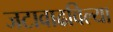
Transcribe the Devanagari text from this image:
जटावाढविल्या